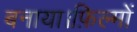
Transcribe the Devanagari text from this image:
बनाया।फ़िल्मों